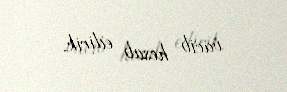
vacib hesab edirik.